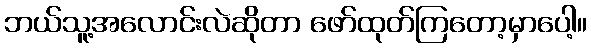
ဘယ်သူ့အလောင်းလဲဆိုတာ ဖော်ထုတ်ကြတော့မှာပေါ့။